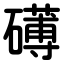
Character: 礡